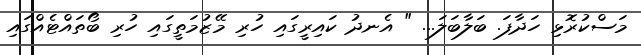
މަސްކުރޮޅި ހަދާފަ. ބަލާބަލަ... " އެނދު ކައިރީގައި ހުރި މޭޒުމަތީގައި ހުރި ބޯތައްޓެއްގައި